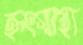
হৃৎস্বাস্থ্য